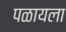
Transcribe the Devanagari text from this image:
पळायला